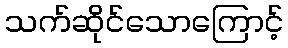
သက်ဆိုင်သောကြောင့်